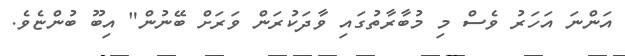
އަންނަ އަހަރު ވެސް މި މުބާރާތުގައި ވާދަކުރަން ވަރަށް ބޭނުން" އިބޫ ބުންޏެވެ.